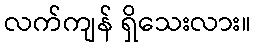
လက်ကျန် ရှိသေးလား။